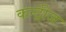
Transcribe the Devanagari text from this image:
कन्ट्रीज